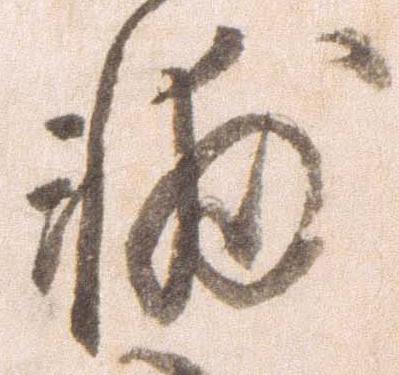
輔